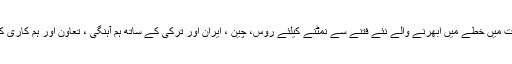
داعش کی صورت میں خطے میں ابھرنے والے نئے فتنے سے نمٹنے کیلئے روس، چین ، ایران اور ترکی کے ساتھ ہم آہنگی ، تعاون اور ہم کاری کی پالیسی اپنائے۔